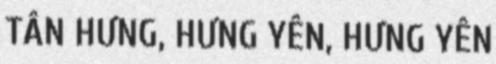
TÂN HƯNG, HƯNG YÊN, HƯNG YÊN